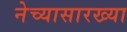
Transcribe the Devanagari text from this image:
नेच्यासारख्या